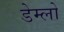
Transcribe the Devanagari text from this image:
डेम्लो